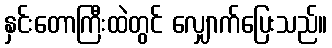
နှင်းတောကြီးထဲတွင် လျှောက်ပြေးသည်။